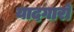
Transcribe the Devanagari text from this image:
यादगारों